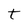
Character: t